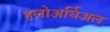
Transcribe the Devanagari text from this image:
हलोअर्चिअल